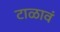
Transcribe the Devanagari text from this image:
टाळावं